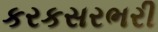
કરકસરભરી